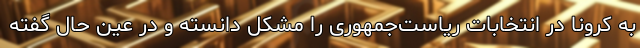
به کرونا در انتخابات ریاست‌جمهوری را مشکل دانسته و در عین حال گفته